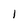
Character: l